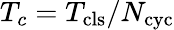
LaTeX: T_{c}=T_{\mathrm{cls}}/N_{\mathrm{cyc}}